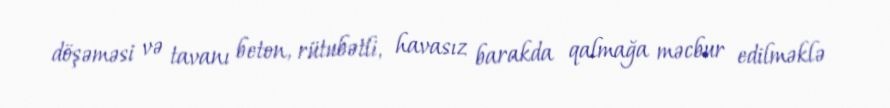
döşəməsi və tavanı beton, rütubətli, havasız barakda qalmağa məcbur edilməklə